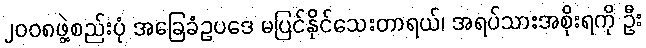
၂ဝဝ၈ဖွဲ့စည်းပုံ အခြေခံဥပဒေ မပြင်နိုင်သေးတာရယ်၊ အရပ်သားအစိုးရကို ဦး